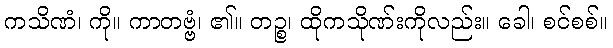
ကသိဏံ၊ ကို။ ကာတဗ္ဗံ၊ ၏။ တဉ္စ၊ ထိုကသိုဏ်းကိုလည်း။ ခေါ၊ စင်စစ်။